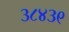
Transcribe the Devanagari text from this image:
३८४३९